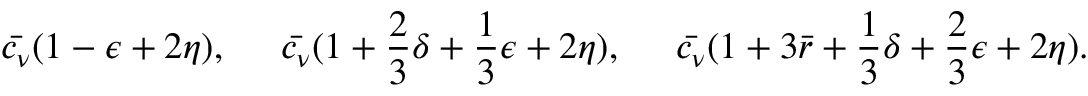
\bar { c _ { \nu } } ( 1 - \epsilon + 2 \eta ) , \; \; \; \; \; \bar { c _ { \nu } } ( 1 + \frac { 2 } { 3 } \delta + \frac { 1 } { 3 } \epsilon + 2 \eta ) , \; \; \; \; \; \bar { c _ { \nu } } ( 1 + 3 \bar { r } + \frac { 1 } { 3 } \delta + \frac { 2 } { 3 } \epsilon + 2 \eta ) . \; \; \; \; \;